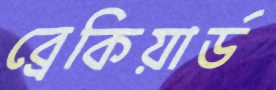
ব্রেকিয়ার্ড